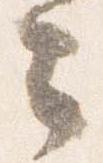
々